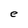
Character: e